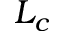
L _ { c }